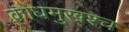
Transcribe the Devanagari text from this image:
क्रोधमुखश्च